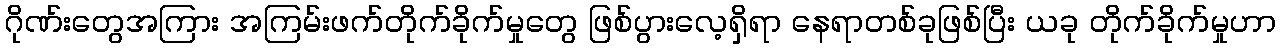
ဂိုဏ်းတွေအကြား အကြမ်းဖက်တိုက်ခိုက်မှုတွေ ဖြစ်ပွားလေ့ရှိရာ နေရာတစ်ခုဖြစ်ပြီး ယခု တိုက်ခိုက်မှုဟာ